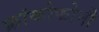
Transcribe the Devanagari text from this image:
फ्रांकोफोनी